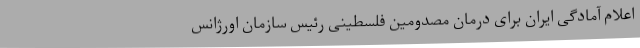
اعلام آمادگی ایران برای درمان مصدومین فلسطینی رئیس سازمان اورژانس